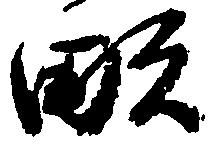
畝